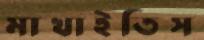
মাখাইতিস